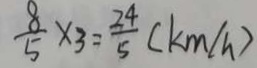
\frac { 8 } { 5 } \times 3 = \frac { 2 4 } { 5 } ( k m / h )